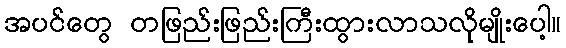
အပင်တွေ တဖြည်းဖြည်းကြီးထွားလာသလိုမျိုးပေါ့။